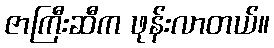
ဇာကြီးဆီက ဖုန်းလာတယ်။